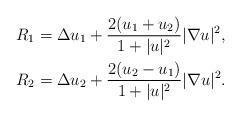
LaTeX: \begin{align*}R_1 &= \Delta u_1 + \frac{2(u_1+u_2)}{1+|u|^2} |\nabla u|^2 ,\\R_2 &= \Delta u_2 + \frac{2(u_2-u_1)}{1+|u|^2} |\nabla u|^2 .\end{align*}